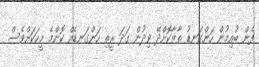
ފެން ބުއިމުން ހަންގަނޑު ތާޒާކޮށްދޭ ވިދުން ގަދަ ރީތި ހަންގަނޑެއް ކޮންމެ މީހަކަށްވެސް